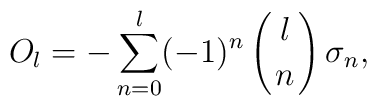
O_l = - \sum_{n=0}^l (-1)^n \left( {l \atop n} \right) \sigma_n ,